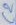
Text: C2